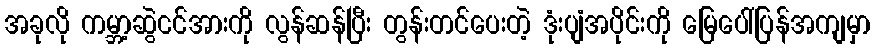
အခုလို ကမ္ဘာ့ဆွဲငင်အားကို လွန်ဆန်ပြီး တွန်းတင်ပေးတဲ့ ဒုံးပျံအပိုင်းကို မြေပေါ်ပြန်အကျမှာ